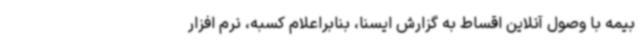
بیمه با وصول آنلاین اقساط به گزارش ایسنا، بنابراعلام کسبه، نرم افزار